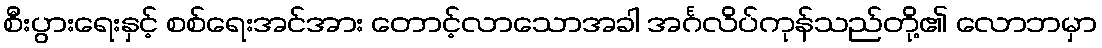
စီးပွားရေးနှင့် စစ်ရေးအင်အား တောင့်လာသောအခါ အင်္ဂလိပ်ကုန်သည်တို့၏ လောဘမှာ